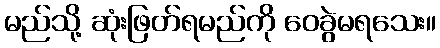
မည်သို့ ဆုံးဖြတ်ရမည်ကို ဝေခွဲမရသေး။